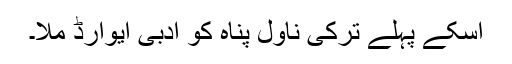
اسکے پہلے ترکی ناول پناہ کو ادبی ایوارڈ ملا۔